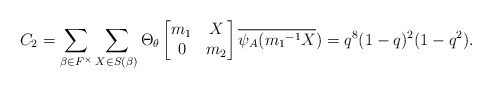
\begin{align*} C_2= \sum_{\beta \in F^{\times}}\sum_{X \in S(\beta)}\Theta_{\theta} \begin{bmatrix} m_1 & X\\ 0 & m_2\end{bmatrix}\overline{\psi_A({m_1}^{-1}X})=q^8(1-q)^2(1-q^2).\end{align*}